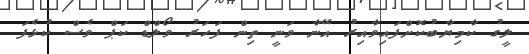
ލީގު ކާމިޔާބުކޮށްފައިވާއިރު އޭނާ ވަނީ ތިން ފަހަރު ވޯލްޑް ކަޕް ވެސް ކުޅެފަ